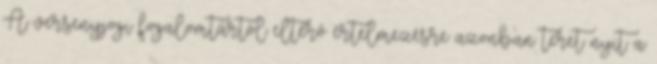
A versenyjogi fogalomtártól eltérő értelmezésre azonban teret nyit a